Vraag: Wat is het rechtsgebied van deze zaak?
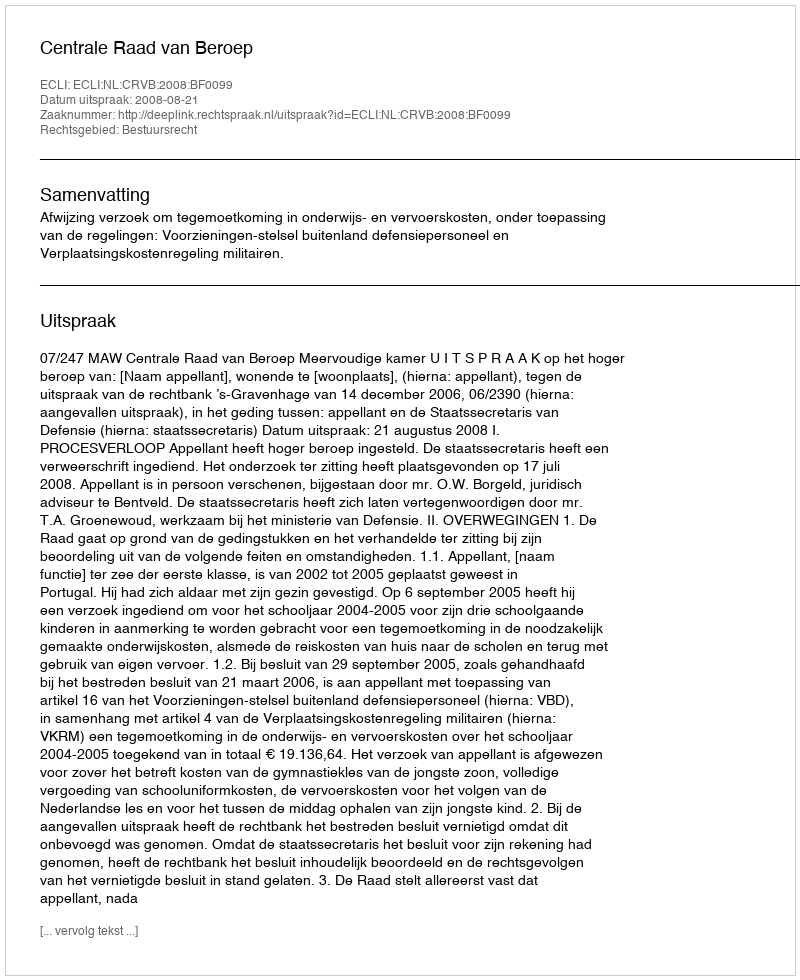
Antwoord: Bestuursrecht